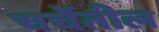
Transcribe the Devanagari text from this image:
चर्चेतील